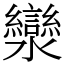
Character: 灓